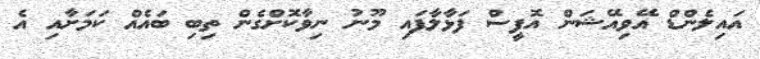
އައިލެންޑް އޭވިއޭޝަން އޮފީސް ފަޅާލާފައި މޫނު ނިވާކޮށްގެން ތިބި ބައެއް ކަމަށާއި އެ